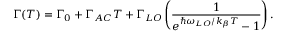
\Gamma ( T ) = \Gamma _ { 0 } + \Gamma _ { A C } T + \Gamma _ { L O } \left( \frac { 1 } { e ^ { \hbar \omega _ { L O } / k _ { \beta } T } - 1 } \right) .